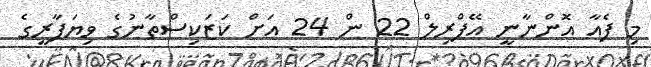
މި ފެއާ އޮންނާނީ އޭޕްރިލް 22 ން 24 އަށް ކަޒަކިސްތާނުގެ ވިޔަފާރީގެ